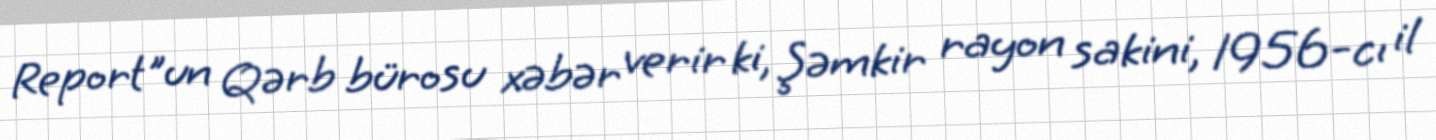
Report"un Qərb bürosu xəbər verir ki, Şəmkir rayon sakini, 1956-cı il